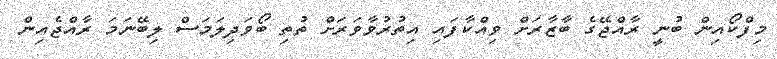
މިފްކޯއިން ބުނީ ރާއްޖޭގެ ބާޒާރަށް ވިއްކާފައި އިތުރުވާވަރަށް ތުތި ބޯވަދިލަމަސް ލިބޭނަމަ ރާއްޖެއިން